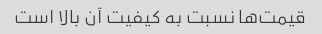
قیمت‌ها نسبت به کیفیت آن بالا است